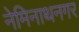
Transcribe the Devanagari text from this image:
नेमिनाथनगर